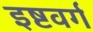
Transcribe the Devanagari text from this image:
इष्टवर्ग